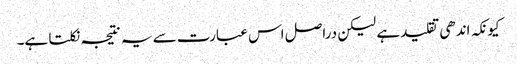
کیونکہ اندھی تقلید ہے لیکن دراصل اس عبارت سے یہ نتیجہ نکلتا ہے۔